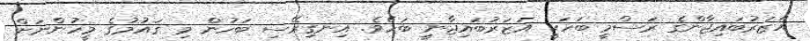
އަޒަރުބައިޖާންގެ ރަސްމީ ބަހަކީ އަޒަރުބައިޖާނީ ބަހެވެ. އިނގިރޭސި ބަހުން މި ޤައުމުގެ މީހުންނަށް